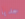
جديا